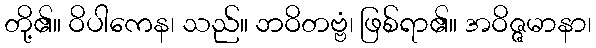
တို့၏။ ဝိပါကေန၊ သည်။ ဘဝိတဗ္ဗံ၊ ဖြစ်ရာ၏။ အဝိဇ္ဇမာနာ၊